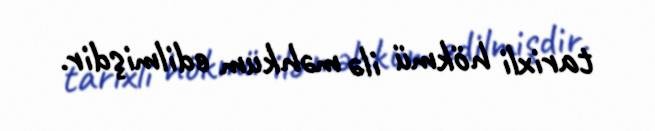
tarixli hökmü ilə məhkum edilmişdir.